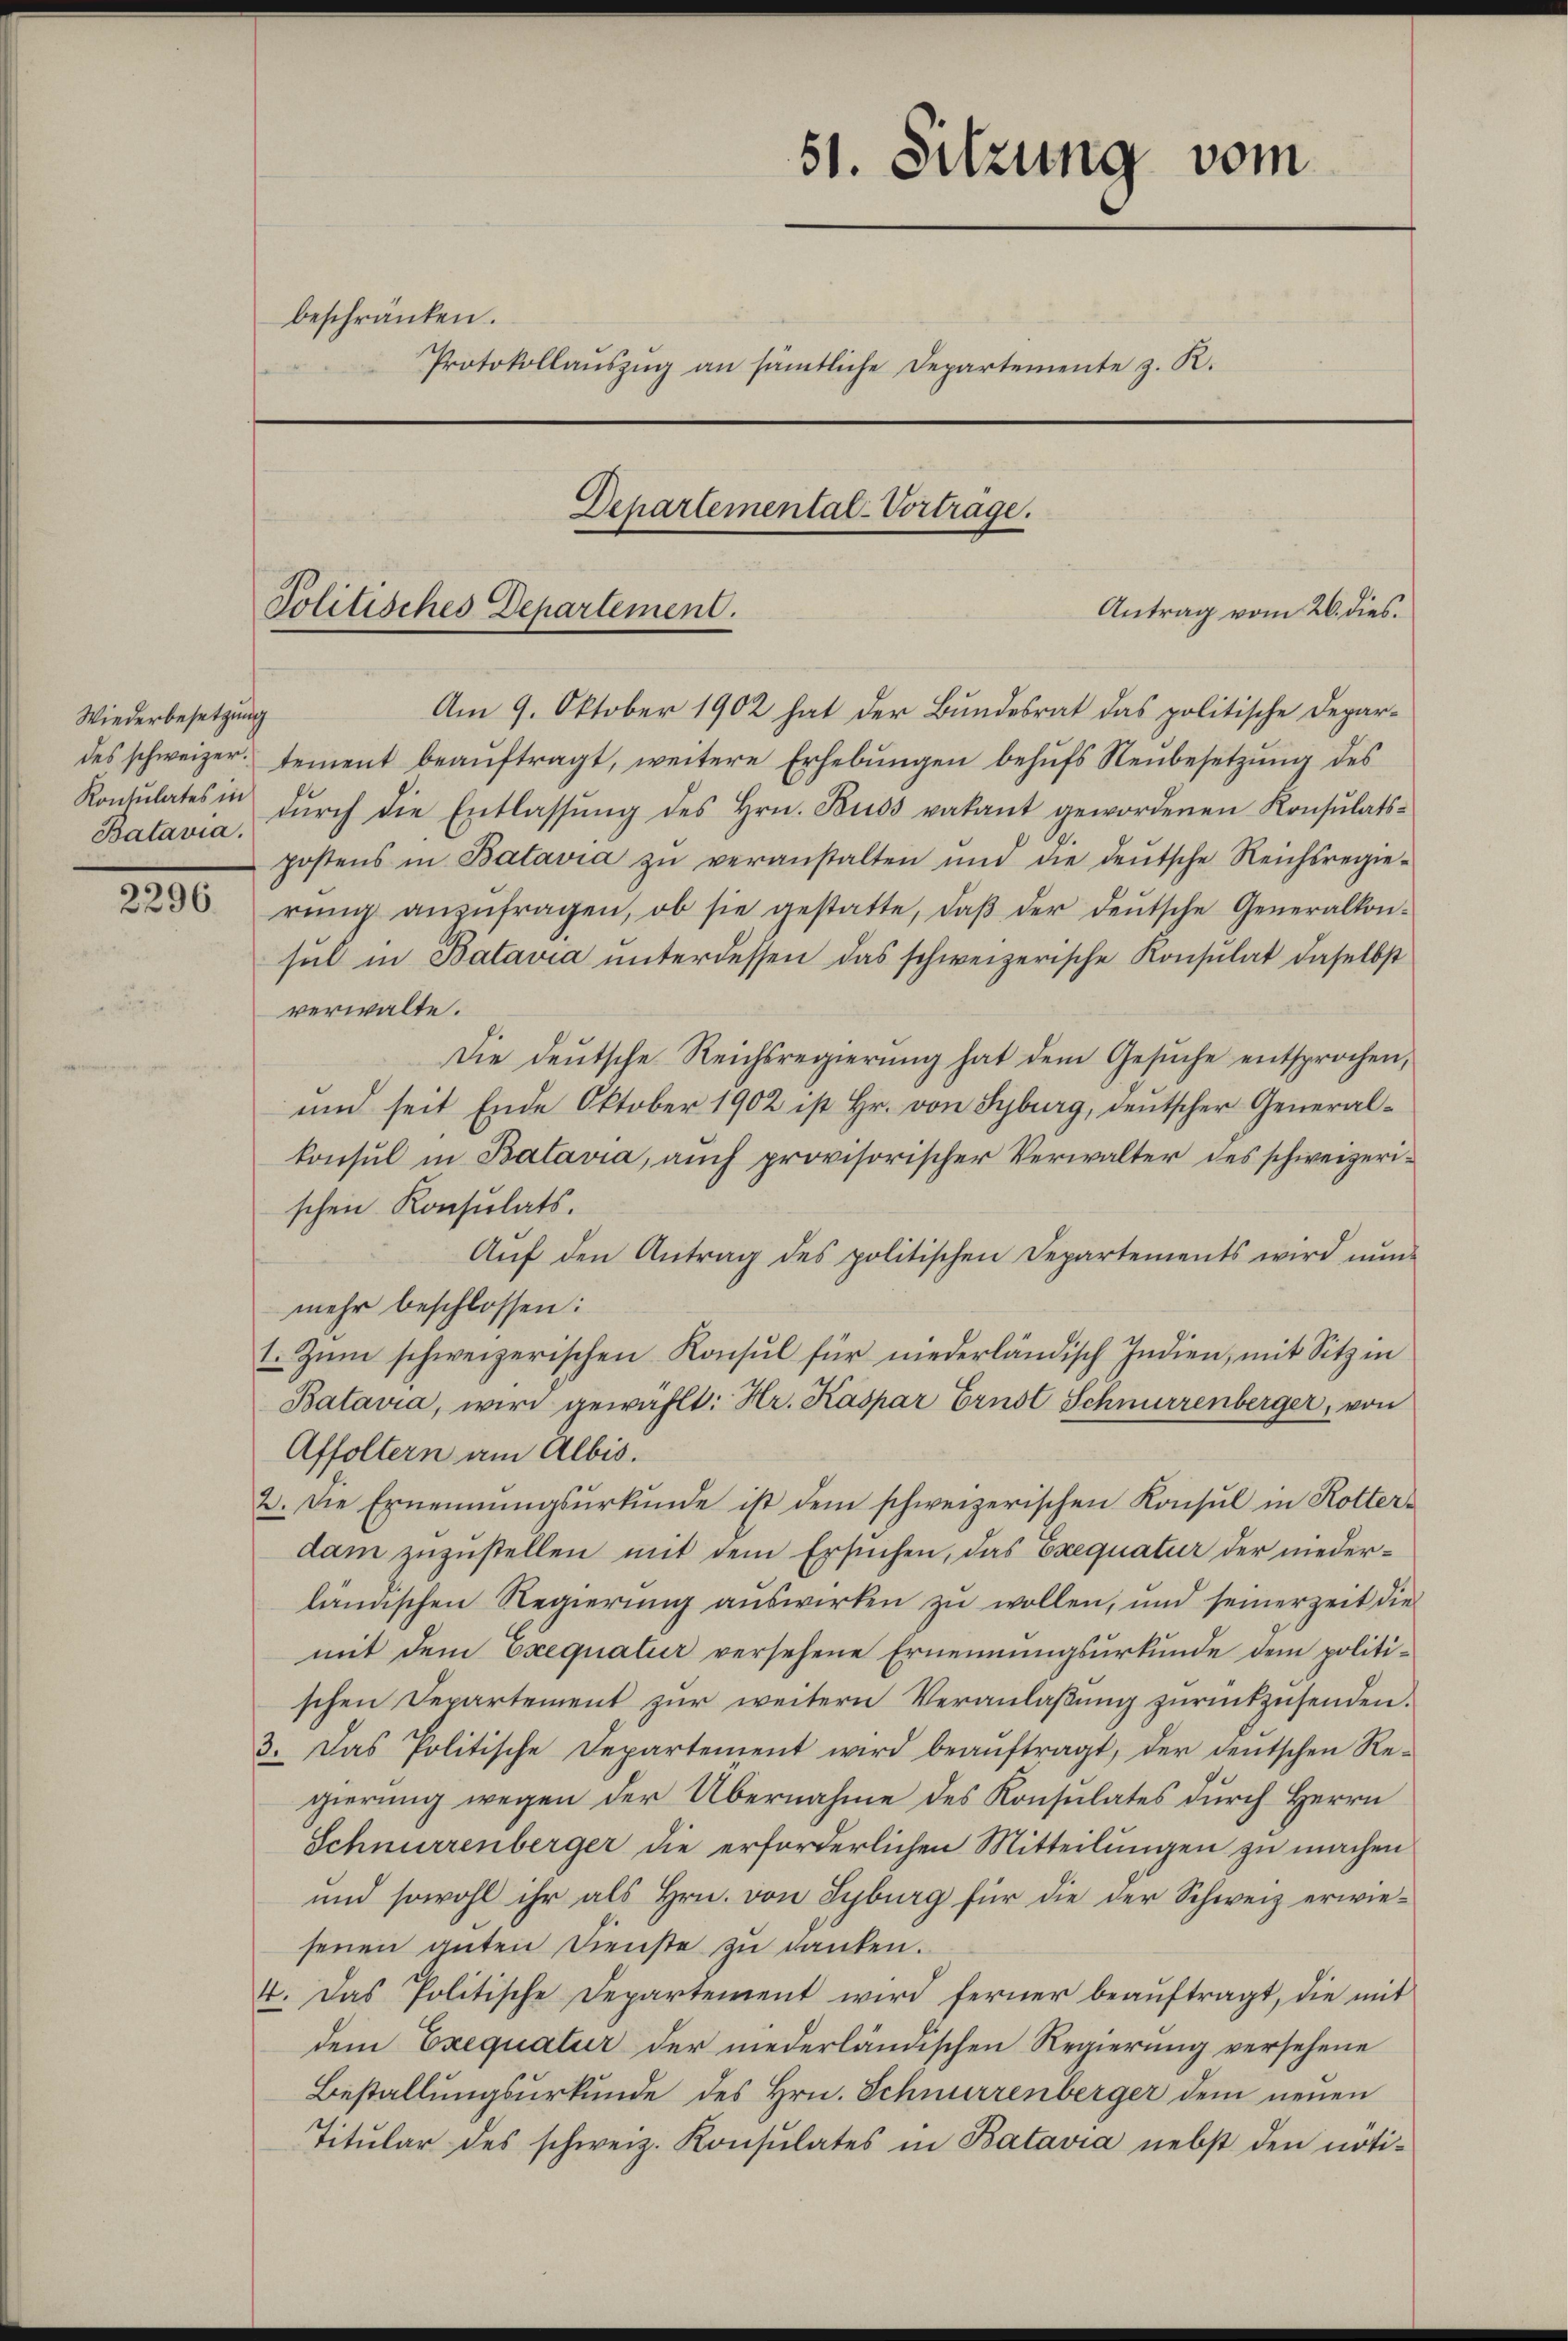
Wiederbesetzung
Batavia.

2296

51. Sitzung vom
beschränken.
Protokollaŭszŭg an sämtliche Departemente z. R.
Departemental-Vorträge.
Politisches Departement.
Antrag vom 26. dies.

Am 9. Oktober 1902 hat der Bundesrat das politische Depardes schweizer tement beaŭftragt, weitere Erhebŭngen behŭfs Neŭbesetzŭng des
Konsulates in dŭrch die Entlassŭng des Hrn. Kuss vakant gewordenen Konsulats-
postens in Batavia zŭ veranstalten und die deŭtsche Reichsregie-
rŭng anzŭfragen, ob sie gestatte, daβ der deŭtsche Generalkon-
sul in Batavia unterdessen das schweizerische Konsulat daselbst
verwalte.
Die deŭtsche Reichsregierŭng hat dem Gesŭche entsprochen,
und seit Ende Oktober 1902 ist Hr. von Syburg, deŭtscher General-
konsul in Batavia, auch provisorischer Verwalter des schweizerischen Konsulats.
Aŭf den Antrag des politischen Departements wird nŭn-
mehr beschlossen:
1. Zum schweizerischen Konsul für niederländisch Indien, mit Sitz in
Batavia, wird gewählt: Hr. Kaspar Ernst Schnurrenberger, von
Affoltern am Albis.
2. Die Ernennŭngsŭrkŭnde ist dem schweizerischen Konsul in Rotter-
dam zuzustellen mit dem Ersuchen, das Exequatur der niederländischen Regierung auswirken zu wollen, und seinerzeit die
mit dem Exequatur versehene Ernennungsurkunde dem politischen Departement zur weitern Veranlaßung zurückzusenden.
3. Das Politische Departement wird beaŭftragt, der deutschen Re-
gierung wegen der Übernahme des Konsulates durch Herrn
Schnurrenberger die erforderlichen Mitteilungen zu machen
und sowohl ihr als Hrn. von Syburg für die der Schweiz erwiesenen guten Dienste zu danken.
4. Das Politische Departement wird ferner beaŭftragt, die mit
dem Exequatur der niederländischen Regierung versehene
Bestallungsurkunde des Hrn. Schnurrenberger dem neuen
Titŭlar des schweiz. Konsŭlates in Batavia nebst den nöti-